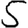
Digit: 5